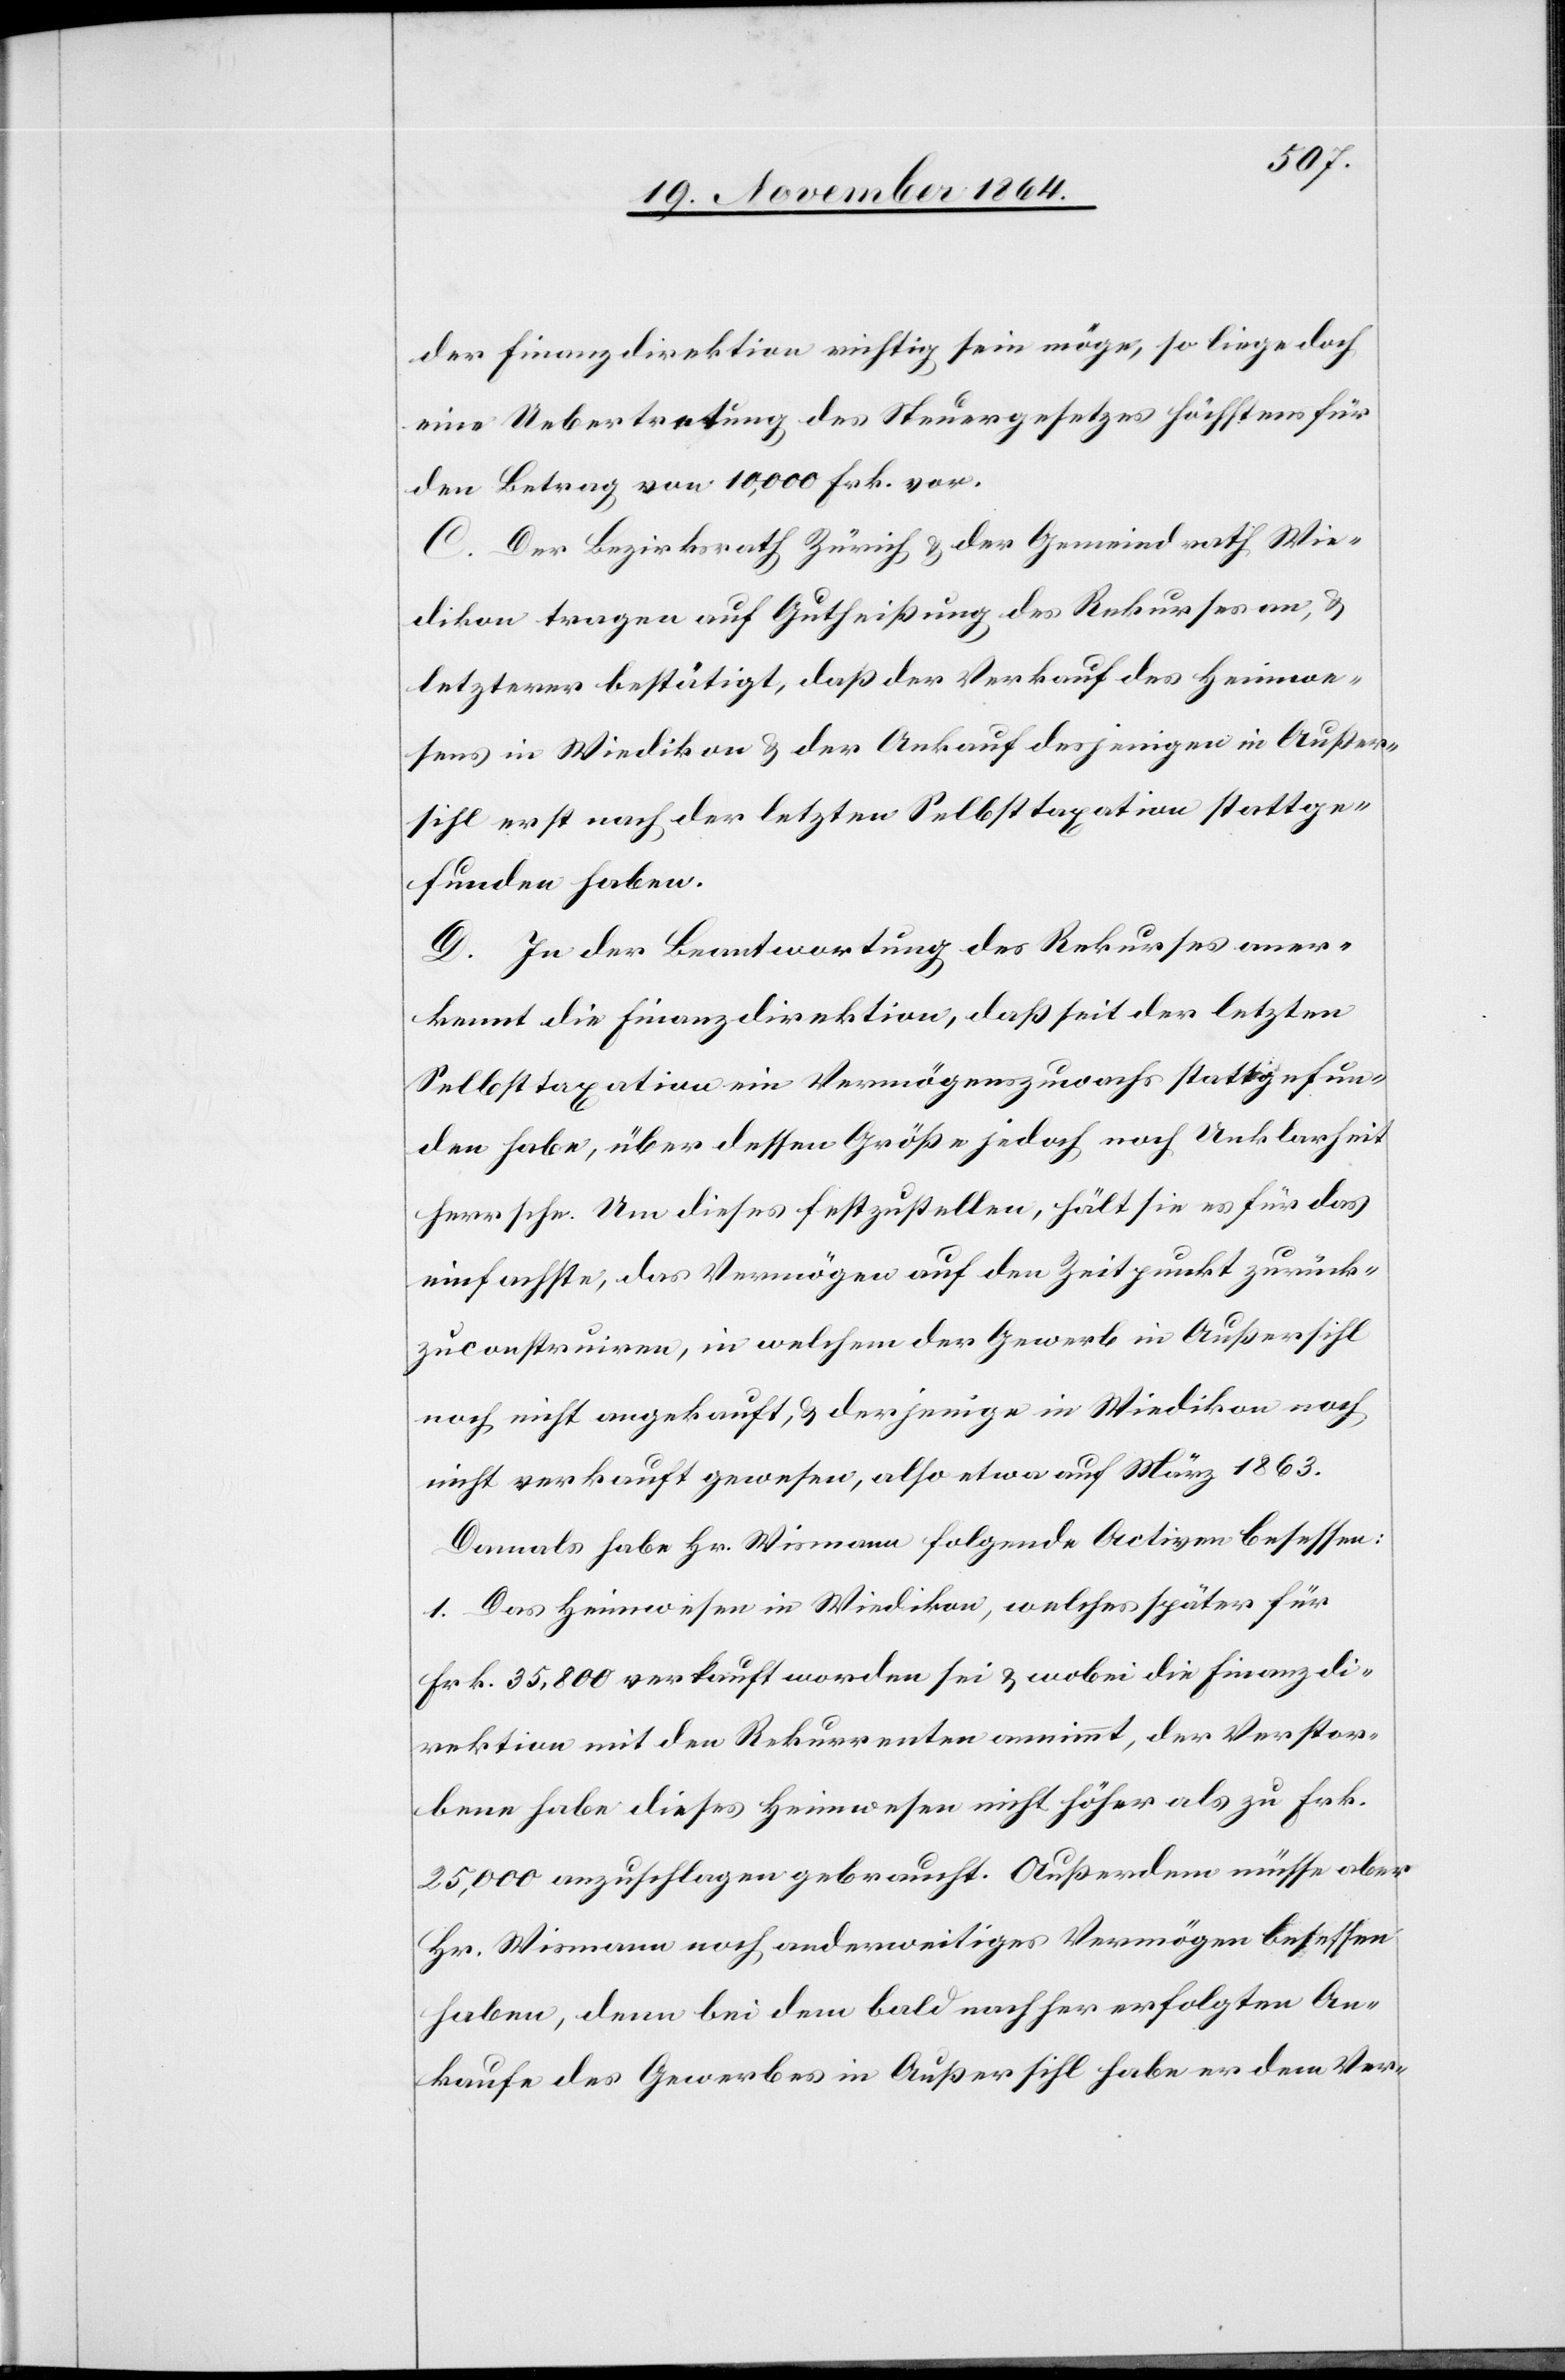
der Finanzdirektion richtig sein möge, so liege doch
eine Uebertretung des Steuergesetzes höchstens für
den Betrag von 10,000 Frk. vor.
C. Der Bezirksrath Zürich & der Gemeindrath Wie¬
dikon tragen auf Gutheißung des Rekurses an, &
letzterer bestätigt, daß der Verkauf des Heimwe¬
sens in Wiedikon & der Ankauf desjenigen in Außer¬
sihl erst nach der letzten Selbsttaxation stattge¬
funden haben.
D. In der Beantwortung des Rekurses aner¬
kennt die Finanzdirektion, daß seit der letzten
Selbsttaxation ein Vermögenszuwachs stattgefun¬
den habe, über dessen Größe jedoch noch Unklarheit
herrsche. Um dieses festzustellen, hält sie es für das
einfachste, das Vermögen auf den Zeitpunkt zurück¬
zuconstruiren, in welchem der Gewerb in Außersihl
noch nicht angekauft, & derjenige in Wiedikon noch
nicht verkauft gewesen, also etwa auf März 1863.
Damals habe Hr. Wismann folgende Activen besessen:
1. Das Heimwesen in Wiedikon, welches später für
Frk. 35,800 verkauft worden sei & wobei die Finanzdi¬
rektion mit den Rekurrenten annimmt, der Verstor¬
bene habe dieses Heimwesen nicht höher als zu Frk.
25,000 anzuschlagen gebraucht. Außerdem müsse aber
Hr. Wiesmann noch anderweitiges Vermögen besessen
haben, denn bei dem bald nachher erfolgten An¬
kaufe des Gewerbes in Außersihl habe er dem Ver-